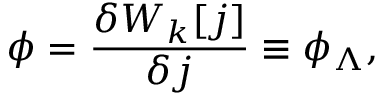
\phi = \frac { \delta W _ { k } [ j ] } { \delta j } \equiv \phi _ { \Lambda } ,